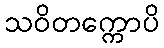
သဝိတက္ကောပိ